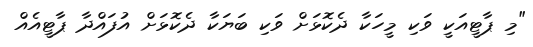
"މި ޕާޓީއަކީ ވަކި މީހަކާ ދެކޮޅަށް ވަކި ބަޔަކާ ދެކޮޅަށް އުފައްދާ ޕާޓީއެއް